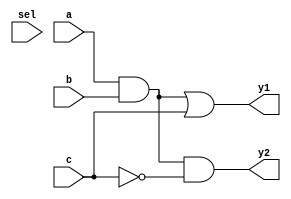
module combinational_logic (
    input wire a,
    input wire b,
    input wire c,
    input wire sel, // Select signal for multiplexing
    output wire y1, // Output for Function 1
    output wire y2  // Output for Function 2
);

// Shared Logic Block
wire common_logic;

// Example of shared logic: A simple AND gate shared by two functions
assign common_logic = a & b; // Shared resource

// Function 1: y1 = (a AND b) OR c
assign y1 = common_logic | c;

// Function 2: y2 = (a AND b) AND NOT c
assign y2 = common_logic & ~c;

// Multiplexer to select output based on 'sel'
wire mux_out;

// MUX Implementation: Selects y1 or y2 based on the sel signal
assign mux_out = (sel) ? y2 : y1;

// Final output
assign final_output = mux_out;

endmodule